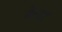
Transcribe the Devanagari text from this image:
बेरद्दा